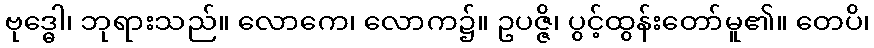
ဗုဒ္ဓေါ၊ ဘုရားသည်။ လောကေ၊ လောက၌။ ဥပဇ္ဇိ၊ ပွင့်ထွန်းတော်မူ၏။ တေပိ၊